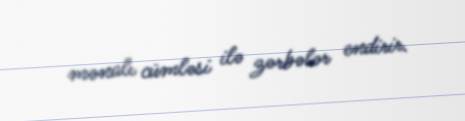
mənalı cümləsi ilə zərbələr endirir.